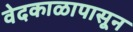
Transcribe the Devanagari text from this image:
वेदकाळापासून